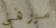
مورفي